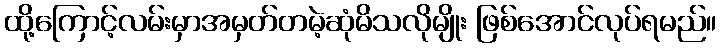
ထို့ကြောင့်လမ်းမှာအမှတ်တမဲ့ဆုံမိသလိုမျိုး ဖြစ်အောင်လုပ်ရမည်။